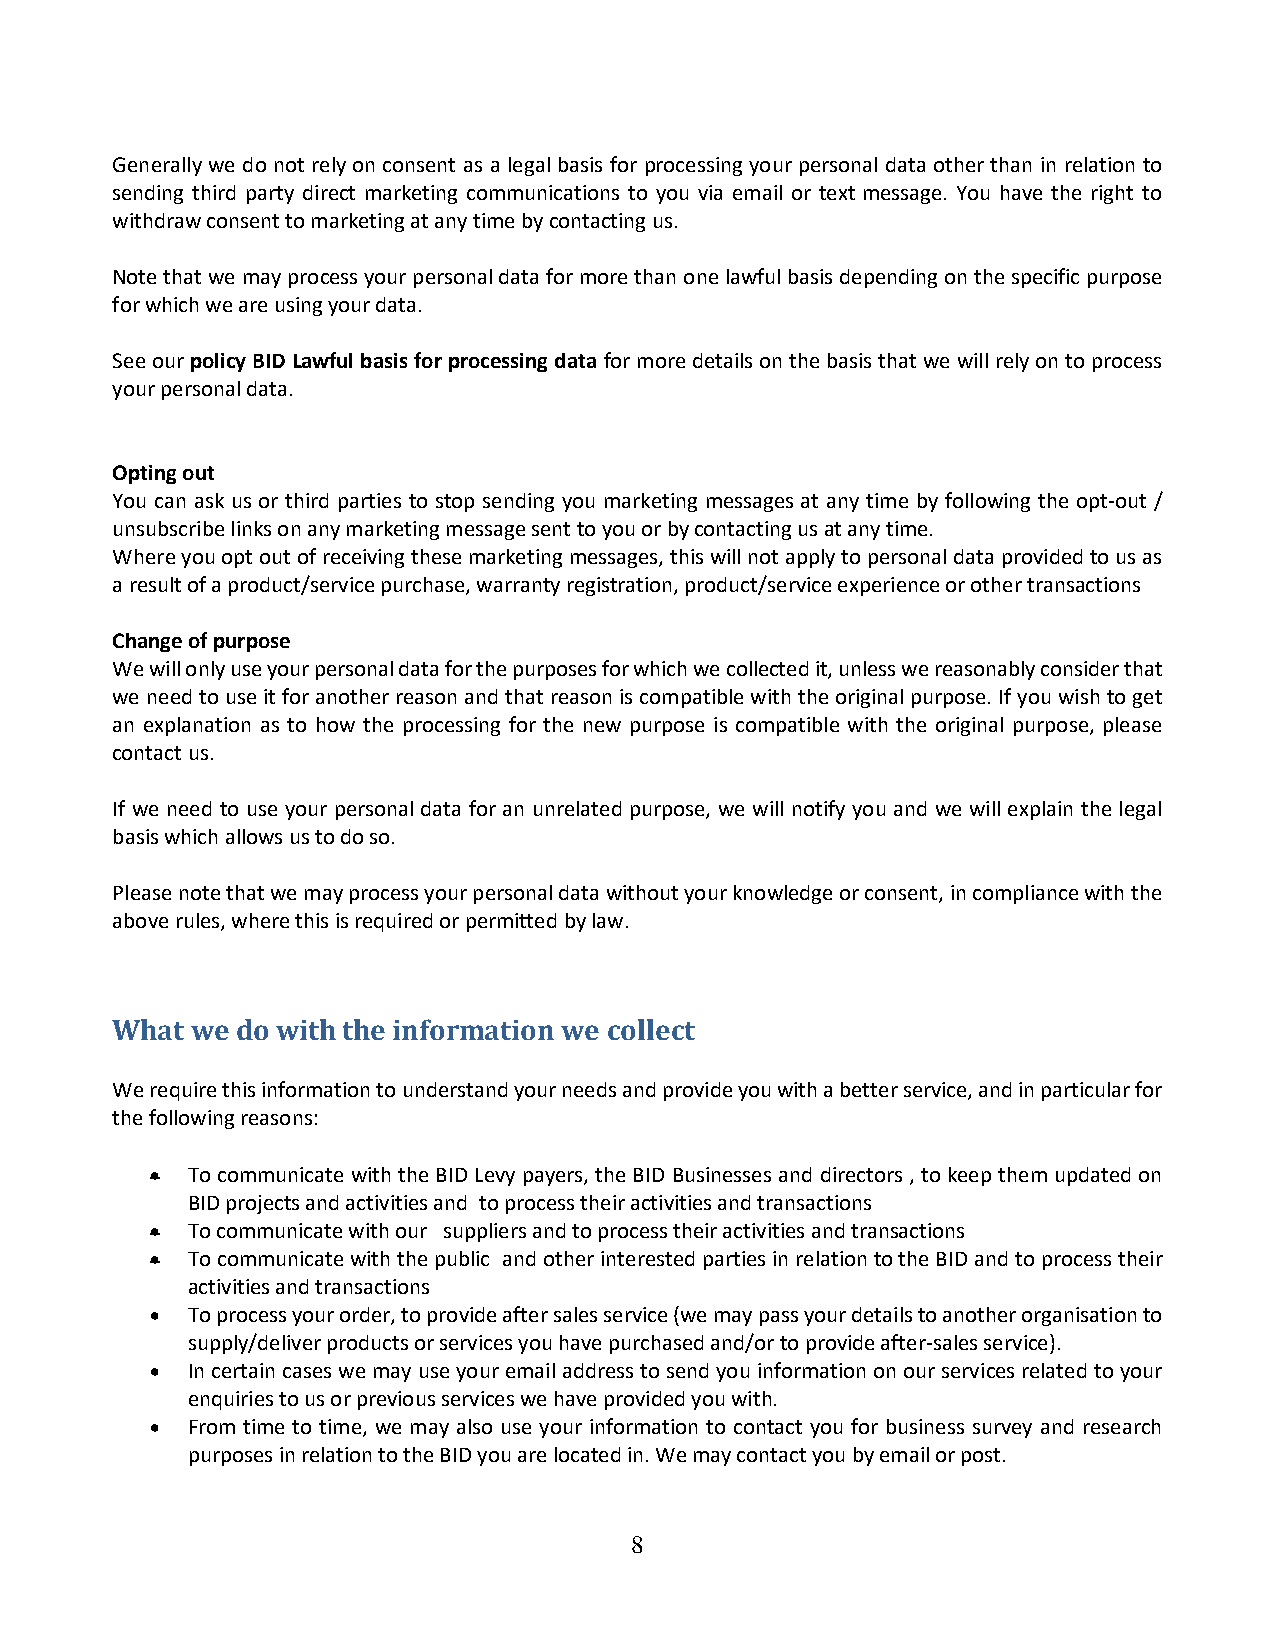
Generally we do not rely on consent as a legal basis for processing your personal data other than in relation to
 sending third party direct marketing communications to you via email or text message. You have the right to
 withdraw consent to marketing at any time by contacting us.
 Note that we may process your personal data for more than one lawful basis depending on the specific purpose
 for which we are using your data.
 See our policy BID Lawful basis for processing data for more details on the basis that we will rely on to process
 your personal data.
 Opting out
 You can ask us or third parties to stop sending you marketing messages at any time by following the opt-out /
 unsubscribe links on any marketing message sent to you or by contacting us at any time.
 Where you opt out of receiving these marketing messages, this will not apply to personal data provided to us as
 a result of a product/service purchase, warranty registration, product/service experience or other transactions
 Change of purpose
 We will only use your personal data for the purposes for which we collected it, unless we reasonably consider that
 we need to use it for another reason and that reason is compatible with the original purpose. If you wish to get
 an explanation as to how the processing for the new purpose is compatible with the original purpose, please
 contact us.
 If we need to use your personal data for an unrelated purpose, we will notify you and we will explain the legal
 basis which allows us to do so.
 Please note that we may process your personal data without your knowledge or consent, in compliance with the
 above rules, where this is required or permitted by law.
 What  we do with the information we collect
 We require this information to understand your needs and provide you with a better service, and in particular for
 the following reasons:
 • To communicate with the BID Levy payers, the BID Businesses and directors , to keep them updated on
 BID projects and activities and to process their activities and transactions
 • To communicate with our suppliers and to process their activities and transactions
 • To communicate with the public and other interested parties in relation to the BID and to process their
 activities and transactions
 • To process your order, to provide after sales service (we may pass your details to another organisation to
 supply/deliver products or services you have purchased and/or to provide after-sales service).
 • In certain cases we may use your email address to send you information on our services related to your
 enquiries to us or previous services we have provided you with.
 • From time to time, we may also use your information to contact you for business survey and research
 purposes in relation to the BID you are located in. We may contact you by email or post.
 8